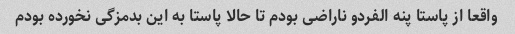
واقعا از پاستا پنه الفردو ناراضی بودم تا حالا پاستا به این بدمزگی نخورده بودم